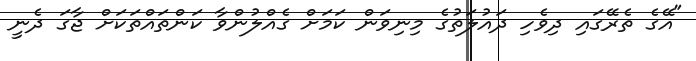
"އޭގެ ތެރޭގައި ދިވެހި ދައުލަތުގެ މިނިވަން ކަމަށް ގެއްލުންވާ ކަންތައްތަކަށް ޖާގަ ދެނީ